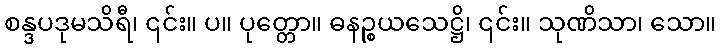
စန္ဒပဒုမသိရီ၊ ၎င်း။ ပ။ ပုတ္တော။ ဓနဉ္စယသေဋ္ဌိ၊ ၎င်း။ သုဏိသာ၊ သော။